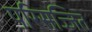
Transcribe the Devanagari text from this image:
परिसज्जित